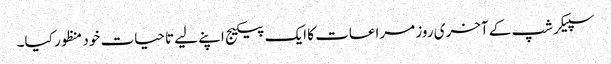
سپیکرشپ کے آخری روز مراعات کا ایک پیکیج اپنے لیے تاحیات خود منظور کیا۔